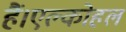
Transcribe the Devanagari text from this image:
हैं।एल्कोहल